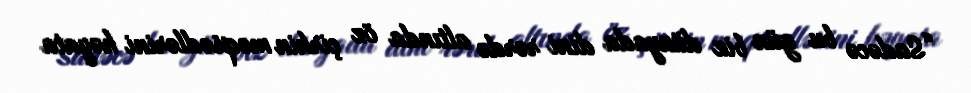
“Sadəcə bu gün biz dünyada dini rərdə altında öz çirkin məqsədlərini həyata